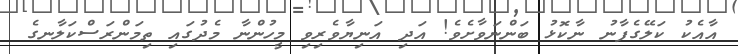
އާއެކު ކަލޭގެފާނު ނާކޮޅު ބަންނަވާށެވެ! އަދި އަނިޔާވެރިވި މީހުންނާ މެދުގައި ތިމަންރަސްކަލާނގެ